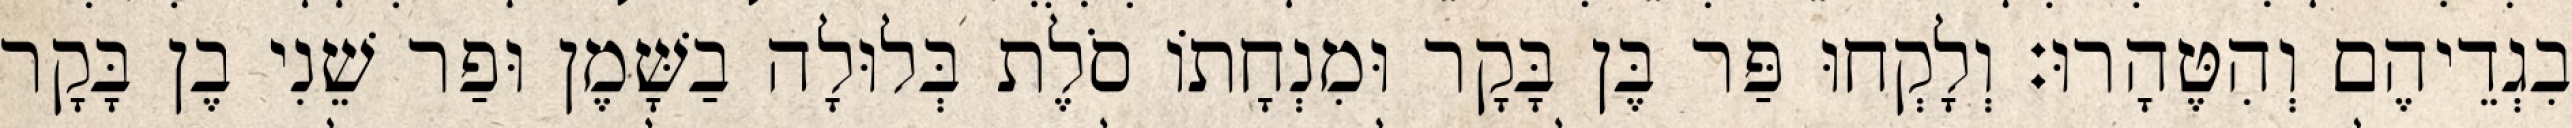
בִגְדֵיהֶם וְהִטֶּהָרוּ׃ וְלָקְחוּ פַּר בֶּן בָּקָר וּמִנְחָתוֹ סֹלֶת בְּלוּלָה בַשָּׁמֶן וּפַר שֵׁנִי בֶן בָּקָר